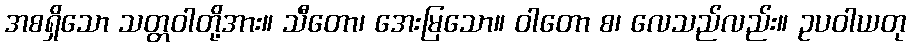
အစရှိသော သတ္တဝါတို့အား။ သီတော၊ အေးမြသော။ ဝါတော စ၊ လေသည်လည်း။ ဥပဝါယတု